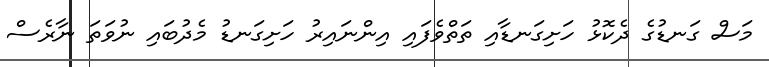
މަސް ގަނޑުގެ ދެކޮޅު ހަށިގަނޑާއި ތަތްވެފައި އިންނައިރު ހަށިގަނޑު މެދުބައި ނުވަތަ ނާރެސް